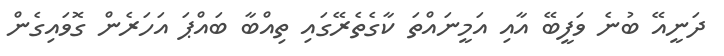
ދަނީއޭ ބުނެ ވަފީބޭ އާއި އަމީނައްތަ ކާގެތެރޭގައި ތިއްބާ ބައްޕަ އަހަރެން ގޮވައިގެން